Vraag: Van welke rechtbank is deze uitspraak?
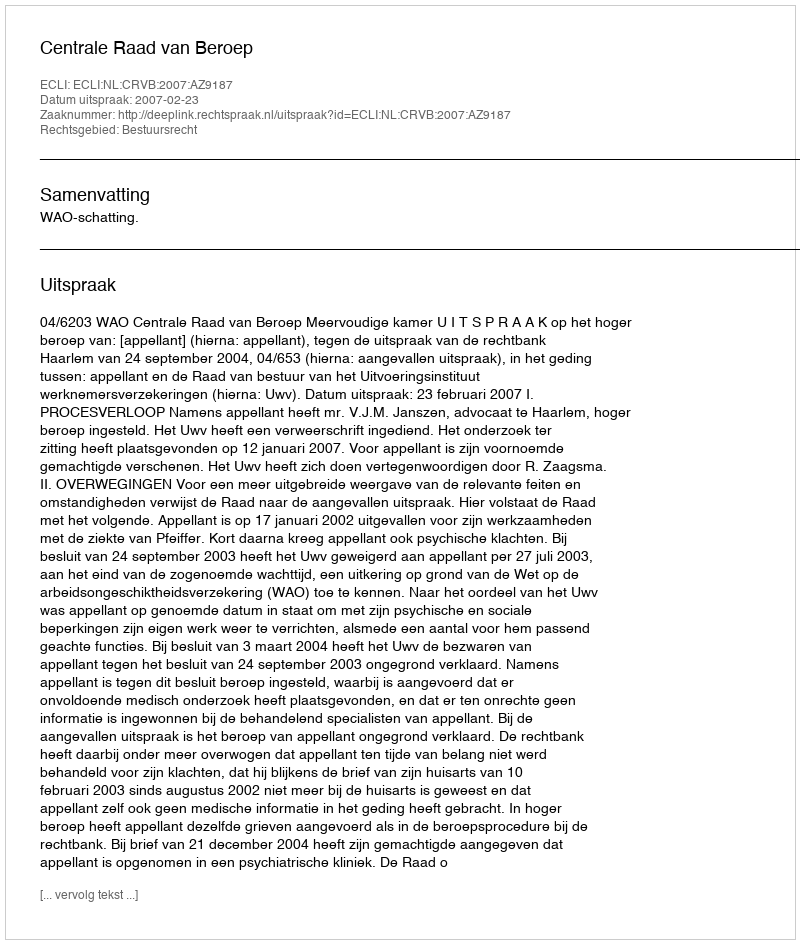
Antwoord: Centrale Raad van Beroep